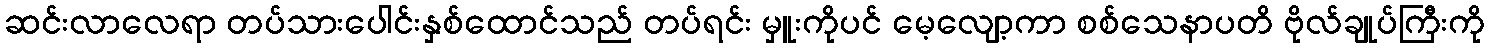
ဆင်းလာလေရာ တပ်သားပေါင်းနှစ်ထောင်သည် တပ်ရင်း မှူးကိုပင် မေ့လျော့ကာ စစ်သေနာပတိ ဗိုလ်ချုပ်ကြီးကို